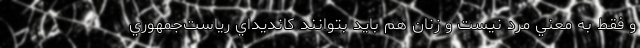
و فقط به معني مرد نيست و زنان هم بايد بتوانند کانديداي رياست‌جمهوري